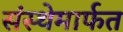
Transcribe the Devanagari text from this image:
संस्‍थेमार्फत